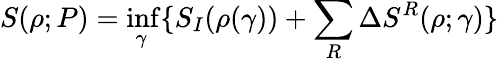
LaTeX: S(\rho;P)=\operatorname*{inf}_{\gamma}\{ S_{I}(\rho(\gamma))+\sum_{R}\Delta S^{R}(\rho;\gamma)\}